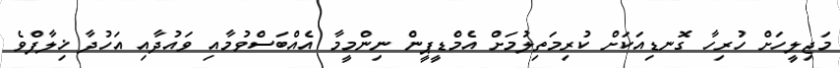
މަޖިލީހަށް ހުރިހާ ގޮނޑިއަކަށް ކުރިމަތިލުމަށް އެމްޑީޕީން ނިންމީމާ އެއްބަސްވުމާއި ވައުދާއި އަހުދާ ޚިލާފްވެ